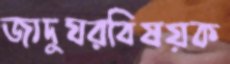
জাদুঘরবিষয়ক